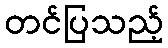
တင်ပြသည့်